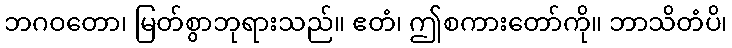
ဘဂဝတော၊ မြတ်စွာဘုရားသည်။ ဧတံ၊ ဤစကားတော်ကို။ ဘာသိတံပိ၊